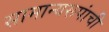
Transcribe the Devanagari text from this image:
सामान्यरूपांची